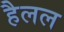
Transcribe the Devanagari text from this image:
हैलल